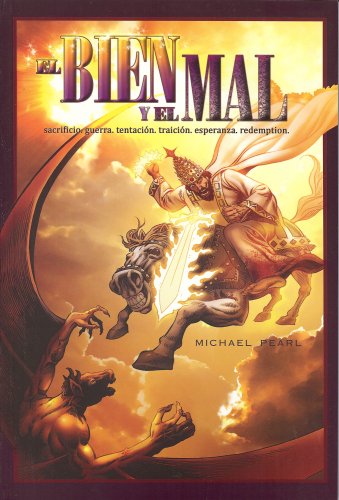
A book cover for El Bien Y El Mal (Color) (Spanish Edition); Michael Pearl; Comics & Graphic Novels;